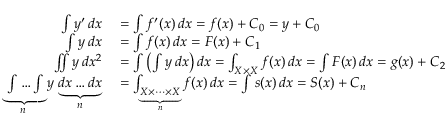
\begin{array} { r l } { \int y ^ { \prime } \, d x } & { { } = \int f ^ { \prime } ( x ) \, d x = f ( x ) + C _ { 0 } = y + C _ { 0 } } \\ { \int y \, d x } & { { } = \int f ( x ) \, d x = F ( x ) + C _ { 1 } } \\ { \iint y \, d x ^ { 2 } } & { { } = \int \left( \int y \, d x \right) d x = \int _ { X \times X } f ( x ) \, d x = \int F ( x ) \, d x = g ( x ) + C _ { 2 } } \\ { \underbrace { \int \dots \int } _ { \! \! n } y \, \underbrace { d x \dots d x } _ { n } } & { { } = \int _ { \underbrace { X \times \cdots \times X } _ { n } } f ( x ) \, d x = \int s ( x ) \, d x = S ( x ) + C _ { n } } \end{array}